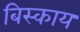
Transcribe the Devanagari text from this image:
बिस्काय